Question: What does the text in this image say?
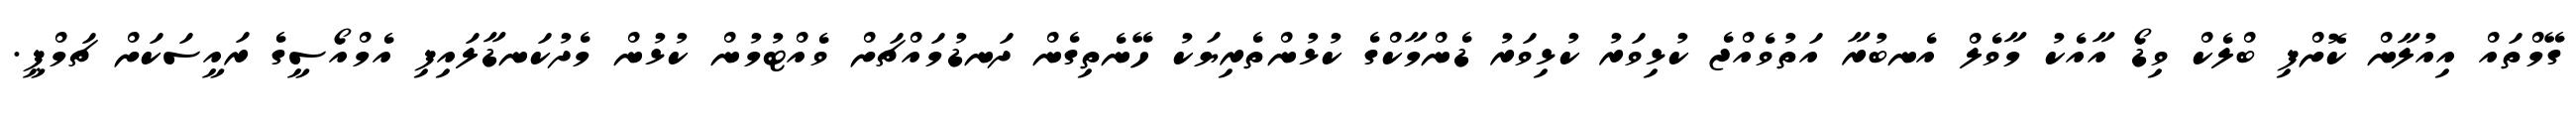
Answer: ގޭމްތައް އިއުލާން ކޮށްފި ބްލެކް ވިޑޯ އާއެކު މާވެލް އެނބުރާ އަތުވެއްޖެ ކުޅިވަރު ކުޅިވަރު ޑެންމާކްގެ ކުޅުންތެރިޔަކު ހޭނެތިގެން ދަނޑުމައްޗަށް ވެއްޓުމުން ކުޅުން މެދުކަނޑާލައިފި އެމްއޯސީގެ ރައީސަކަށް ޗަމްޕީ.